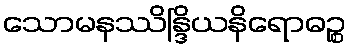
သောမနဿိန္ဒြိယနိရောဓဉ္စ